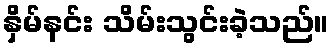
နှိမ်နင်း သိမ်းသွင်းခဲ့သည်။